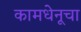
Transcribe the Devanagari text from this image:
कामधेनूचा